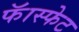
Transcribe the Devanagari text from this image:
फॅास्फेट